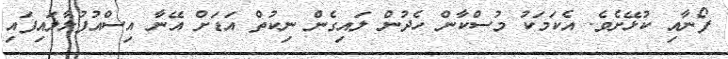
ފޯނާއި ކުޅޭށެވެ. އެކަމަކު މުސްކާން ހެދުން ލައިގެން ނިކުތް އަޑަށް އޭނާ އިސްއުފުލާލައިފައި